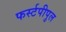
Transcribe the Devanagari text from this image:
फर्स्टपीपुल